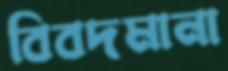
বিবদমানা